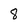
Character: 8